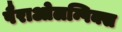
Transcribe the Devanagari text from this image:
पैराओलम्पिक्स